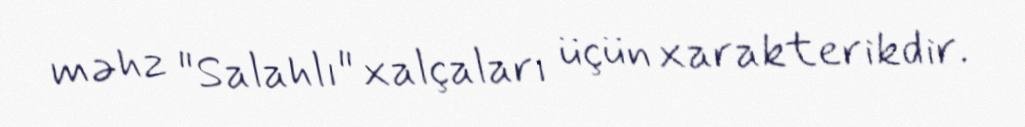
məhz "Salahlı" xalçaları üçün xarakterikdir.